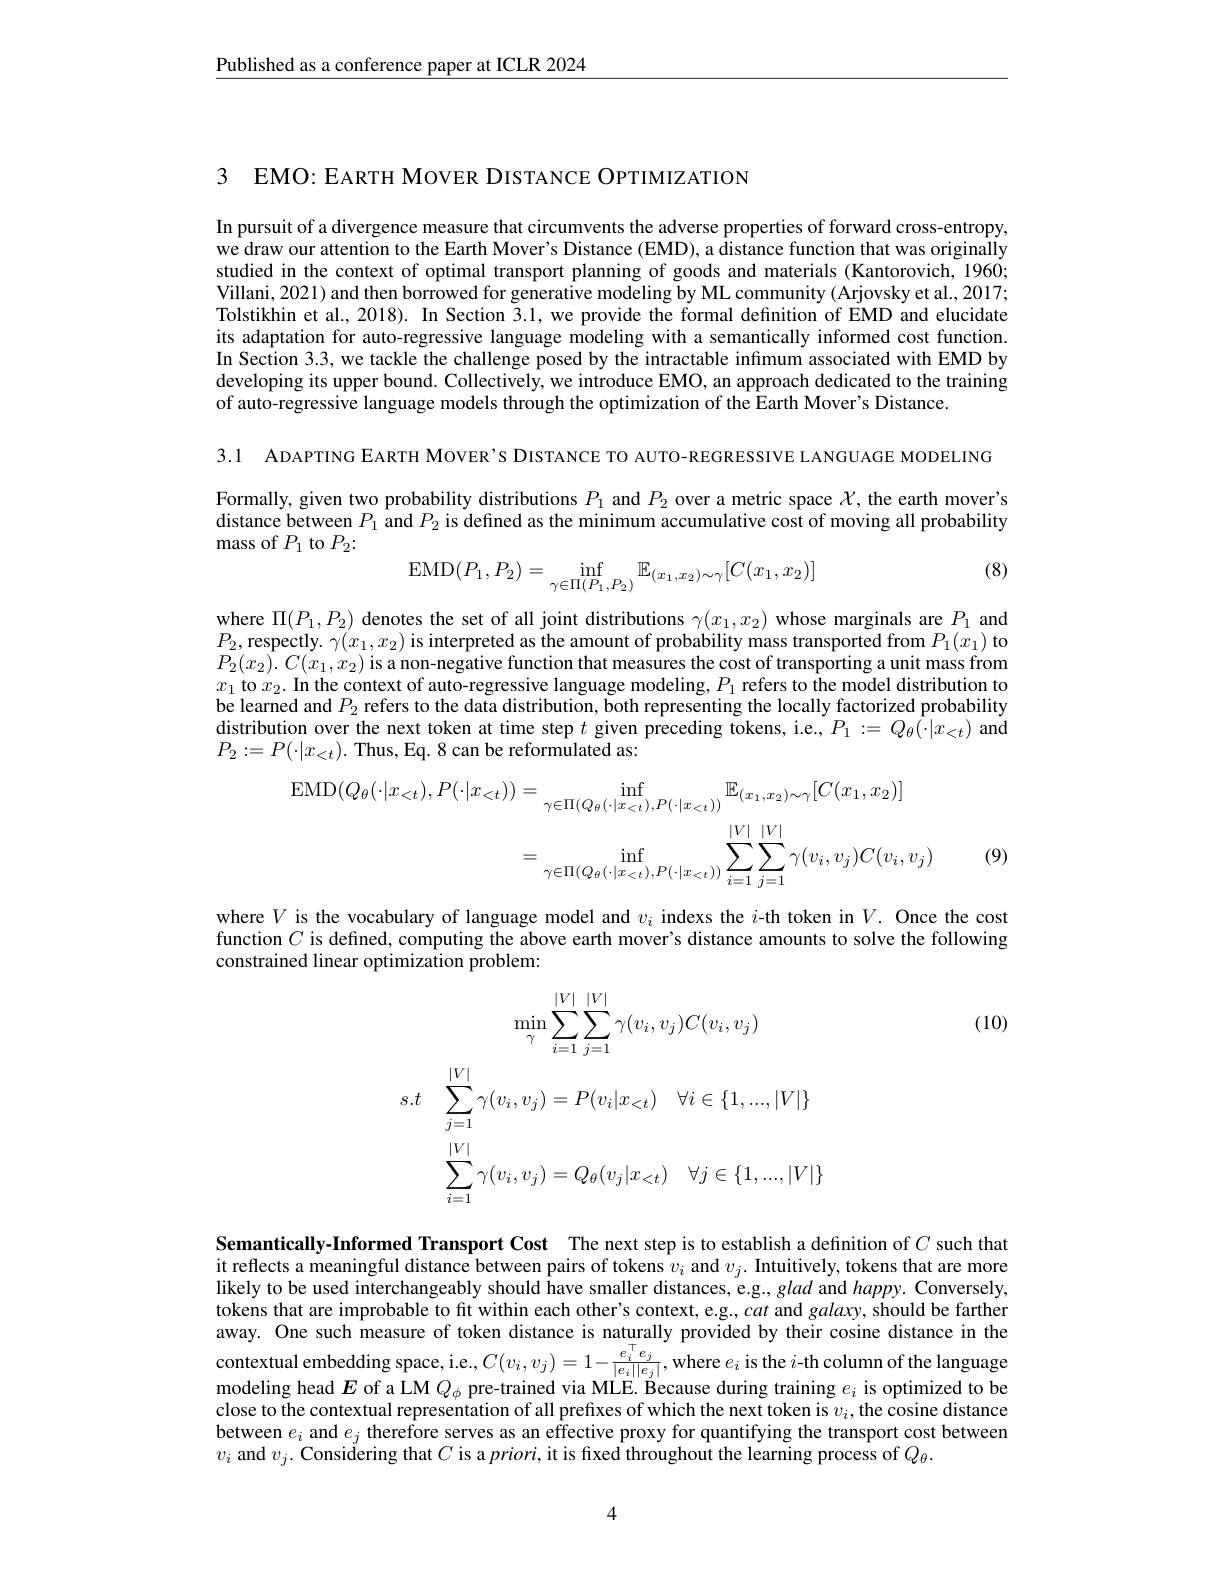
$\underline{\text{Published as a conference paper at ICLR 2024}}$

3 EMO: EARTH MOVER DISTANCE OPTIMIZATION

In pursuit of a divergence measure that circumvents the adverse properties of forward cross-entropy, we draw our attention to the Earth Mover's Distance (EMD), a distance function that was originally studied in the context of optimal transport planning of goods and materials (Kantorovich, 1960; Villani, 2021) and then borrowed for generative modeling by ML community (Arjovsky et al., 2017; Tolstikhin et al., 2018). In Section 3.1, we provide the formal defnition of EMD and elucidate its adaptation for auto-regressive language modeling with a semantically informed cost function. In Section 3.3, we tackle the challenge posed by the intractable infmum associated with EMD by developing its upper bound. Collectively, we introduce EMO, an approach dedicated to the training of auto-regressive language models through the optimization of the Earth Mover's Distance.

3.1 ADAPTING EARTH MOVER'S DISTANCE TO AUTO-REGRESSIVE LANGUAGE MODELING Formally, given two probability distributions $P_1$ and $P_2$ over a metric space $\mathcal{X}$, the earth mover's distance between $P_1$ and $P_2$ is defined as the minimum accumulative cost of moving all probability mass of $P_1$ to $P_2:$

(8)
$$\mathrm{EMD}(P_{1},P_{2})=\inf_{\gamma\in\Pi(P_{1},P_{2})}\mathbb{E}_{(x_{1},x_{2})\sim\gamma}[C(x_{1},x_{2})]$$
where $\Pi(P_1,P_2)$ denotes the set of all joint distributions $\gamma(x_1,x_2)$ whose marginals are $P_1$ and $\begin{array}{l}{P_{2},\text{respectly. }\gamma(x_{1},x_{2})\text{ is interpreted as the amount of probability mass transported from }P_{1}(x_{1})\text{ to}}\\{\mathrm{Pr}(x_{1},x_{2})\text{ is interpreted as the amount of probability mass transported from }P_{1}(x_{1})\text{to}}\end{array}$ $P_{2}( x_{2}) .$ $C( x_{1}, x_{2})$ is a non-negative function that measures the cost of transporting a unit mass from $x_{1}$ to $x_2.$ In the context of auto-regressive language modeling, $P_1$ refers to fhe model distribution to be learned and $P_2$ refers to the data distribution, both representing the locally factorized probability distribution over the next token at time step $t$ given preceding tokens, i. e. , $P_{1}: = Q_{\theta }( \cdot | x_{< t})$ and $P_2:=P(\cdot|x_{<t}).$ Thus, Eq. 8 can be reformulated as:
$$\begin{aligned}\operatorname{EMD}(Q_{\theta}(\cdot|x_{<t}),P(\cdot|x_{<t}))&=\inf_{\gamma\in\Pi(Q_{\theta}(\cdot|x_{<t}),P(\cdot|x_{<t}))}\mathbb{E}_{(x_{1},x_{2})\sim\gamma}[C(x_{1},x_{2})]\\&=\inf_{\gamma\in\Pi(Q_{\theta}(\cdot|x_{<t}),P(\cdot|x_{<t}))}\sum_{i=1}^{|V|}\sum_{j=1}^{|V|}\gamma(v_{i},v_{j})C(v_{i},v_{j})\end{aligned}$$
(9)

where $V$ is the vocabulary of language model and $v_i$ indexs the $i$-th token in $V.$ Once the cost function $C$ is defined, computing the above earth mover's distance amounts to solve the following constrained linear optimization problem:
$$\operatorname*{min}_{\gamma}\sum_{i=1}^{|V|}\sum_{j=1}^{|V|}\gamma(v_{i},v_{j})C(v_{i},v_{j})\\s.t\quad\sum_{j=1}^{|V|}\gamma(v_{i},v_{j})=P(v_{i}|x_{<t})\quad\forall i\in\{1,...,|V|\}\\\sum_{i=1}^{|V|}\gamma(v_{i},v_{j})=Q_{\theta}(v_{j}|x_{<t})\quad\forall j\in\{1,...,|V|\}$$
(10)

Semantically-Informed Transport Cost The next step is to establish a definition of $C$ such that it reflects a meaningful distance between pairs of tokens $v_i$ and $v_j.$ Intuitively, tokens that are more likely to be used interchangeably should have smaller distances, e.g., glad and happy. Conversely, tokens that are improbable to fit within each other's context, e.g., cat and galaxy, should be farther away. One such measure of token distance is naturally provided by their cosine distance in the contextual embedding space, i.e.,$C(v_i,v_j)=1-\frac{e_i^\top e_j}{|e_i||e_j|}$,where $e_i$ is the $i$-th column of the language modeling head $E$ of a LM $Q_\phi$ pre-trained via MLE. Because during training $e_i$ is optimized to be close to the contextual representation of all prefixes of which the next token is $v_i$, the cosine distance between $e_i$ and $e_j$ therefore serves as an effective proxy for quantifying the transport cost between $v_i$ and $v_j.$ Considering that $C$ is a $priori$,it is fixed throughout the learning process of $Q_\theta.$

4